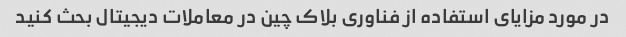
در مورد مزایای استفاده از فناوری بلاک چین در معاملات دیجیتال بحث کنید